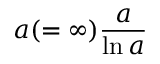
a ( = \infty ) { \frac { a } { \ln a } }